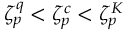
\zeta _ { p } ^ { q } < \zeta _ { p } ^ { c } < \zeta _ { p } ^ { K }